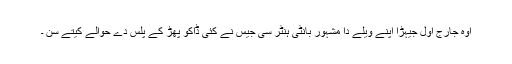
اوہ جارج اول جیہڑا اپنے ویلے دا مشہور بانٹی ہنٹر سی جیس نے کئی ڈاکو پھڑ کے پلس دے حوالے کیتے سن ۔